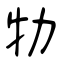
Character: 牞